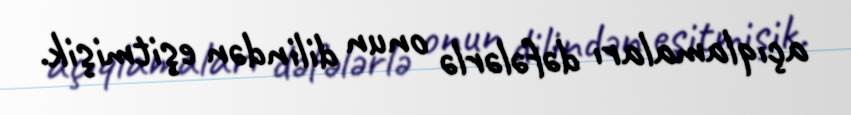
açıqlamaları dəfələrlə onun dilindən eşitmişik.